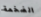
الضخمة